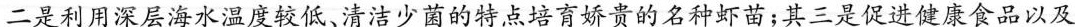
二是利用深层海水温度较低、清洁少菌的特点培育娇贵的名种虾苗；其三是促进健康食品以及